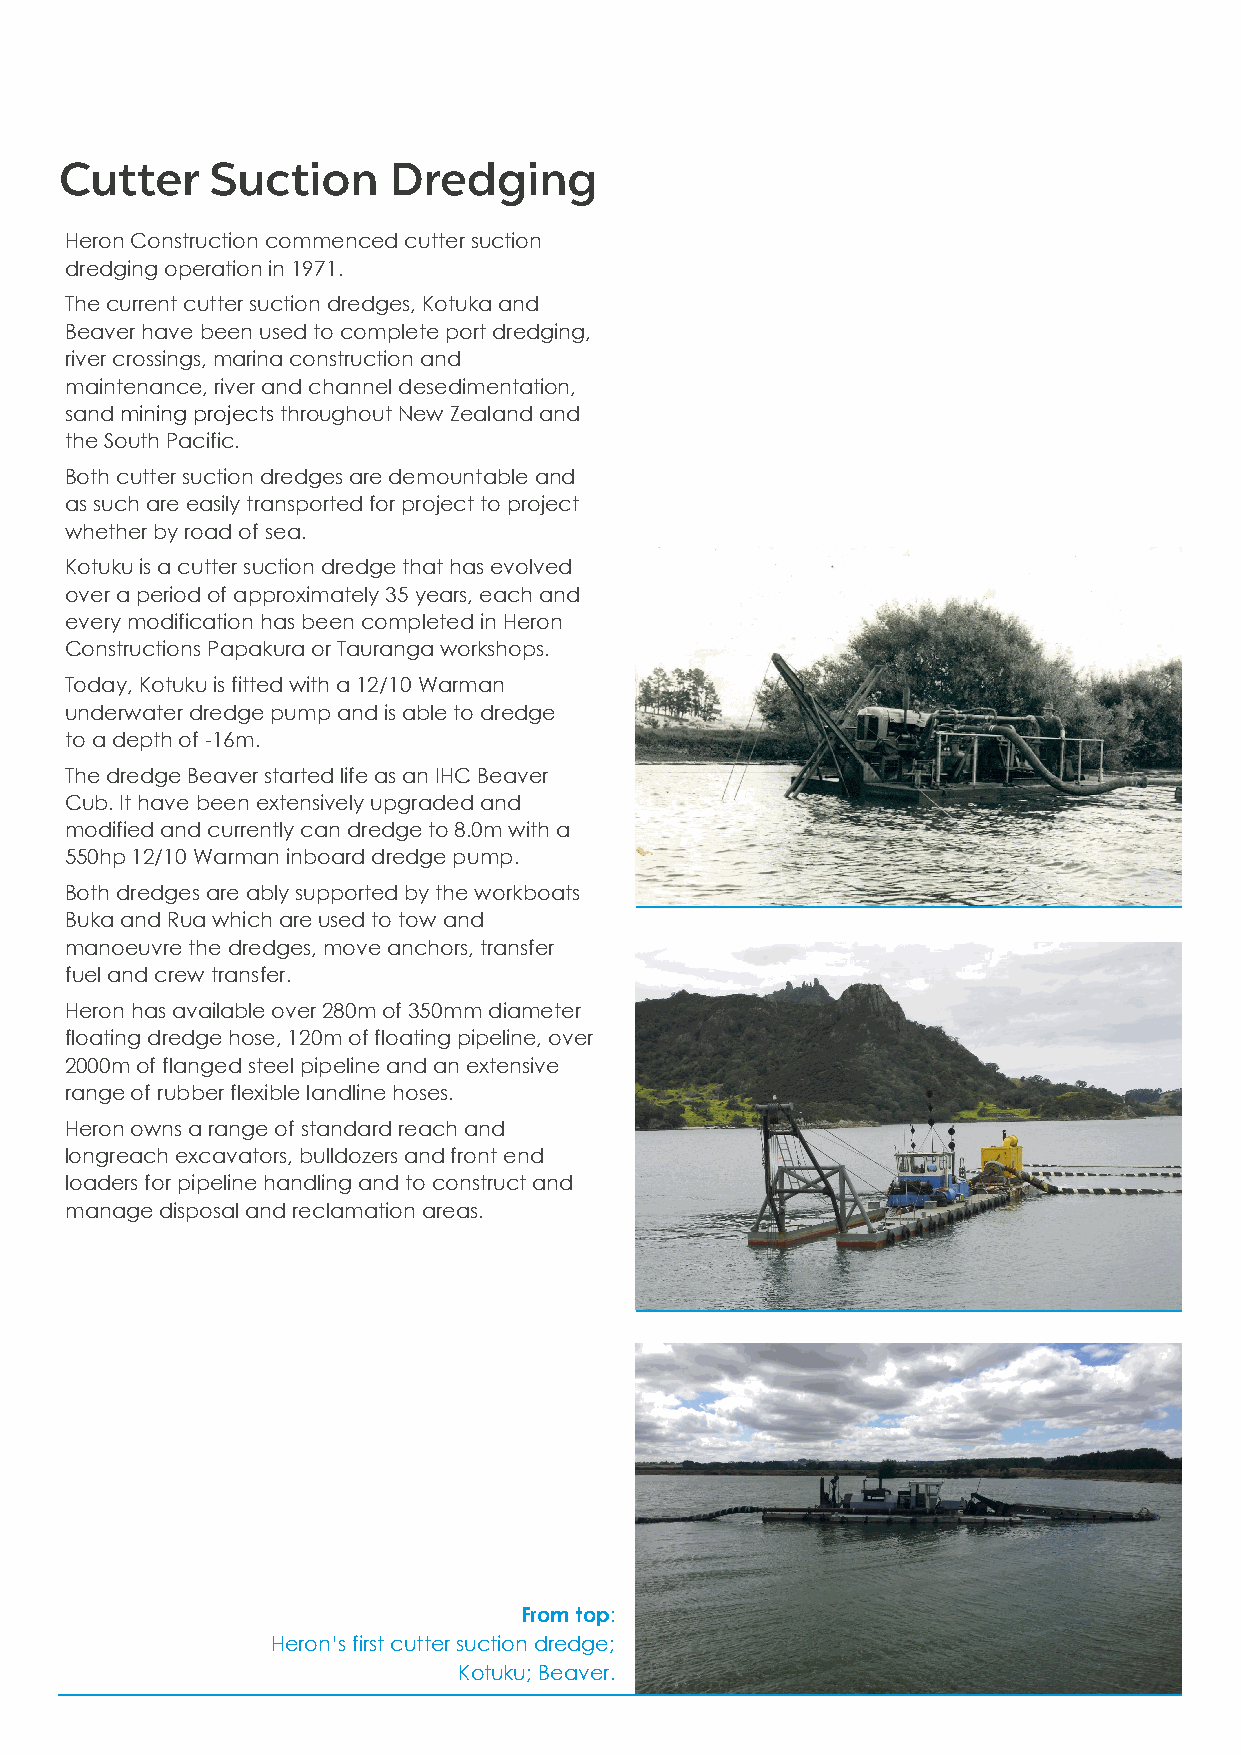
Heron Construction commenced cutter suction
 dredging operation in 1971.
 The current cutter suction dredges, Kotuka and
 Beaver have been used to complete port dredging,
 river crossings, marina construction and
 maintenance, river and channel desedimentation,
 sand mining projects throughout New Zealand and
 the South Pacific.
 Both cutter suction dredges are demountable and
 as such are easily transported for project to project
 whether by road of sea.
 Kotuku is a cutter suction dredge that has evolved
 over a period of approximately 35 years, each and
 every modification has been completed in Heron
 Constructions Papakura or Tauranga workshops.
 Today, Kotuku is fitted with a 12/10 Warman
 underwater dredge pump and is able to dredge
 to a depth of -16m.
 The dredge Beaver started life as an IHC Beaver
 Cub. It have been extensively upgraded and
 modified and currently can dredge to 8.0m with a
 550hp 12/10 Warman inboard dredge pump.
 Both dredges are ably supported by the workboats
 Buka and Rua which are used to tow and
 manoeuvre the dredges, move anchors, transfer
 fuel and crew transfer.
 Heron has available over 280m of 350mm diameter
 floating dredge hose, 120m of floating pipeline, over
 2000m of flanged steel pipeline and an extensive
 range of rubber flexible landline hoses.
 Heron owns a range of standard reach and
 longreach excavators, bulldozers and front end
 loaders for pipeline handling and to construct and
 manage disposal and reclamation areas.
 From top:
 Heron’s first cutter suction dredge;
 Kotuku; Beaver.